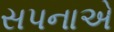
સપનાએ